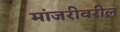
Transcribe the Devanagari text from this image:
मांजरीवरील